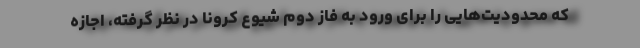
که محدودیت‌هایی را برای ورود به فاز دوم شیوع کرونا در نظر گرفته، اجازه